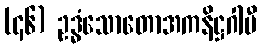
(၄၆) ဥဒ္ဓံသောတောအကနိဋ္ဌဂါမီ